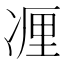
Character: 𰄃